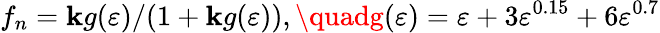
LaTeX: f_{n}=\mathbf{k}g(\varepsilon)/(1+\mathbf{k}g(\varepsilon)),\quadg(\varepsilon)=\varepsilon+3\varepsilon^{0.15}+6\varepsilon^{0.7}